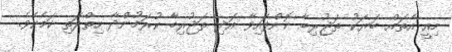
މިއީ އެތައް ބަޔަކު ތަޖުރިބާ ކޮށްފައިވާ އަދި ތަޖުރިބާ ކުރަމުންދާ ހިތްދަތި ކަމެކެވެ.